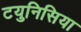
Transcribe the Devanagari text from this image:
टयुनिसिया